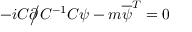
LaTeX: - i C { \partial \! \! \! { \big / } } C ^ { - 1 } C \psi - m { \overline { { \psi } } } ^ { T } = 0